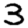
Digit: 3